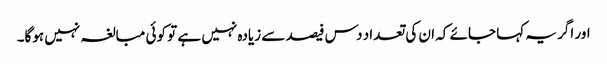
اور اگر یہ کہا جائے کہ ان کی تعداد دس فیصد سے زیادہ نہیں ہے تو کوئی مبالغہ نہیں ہوگا۔